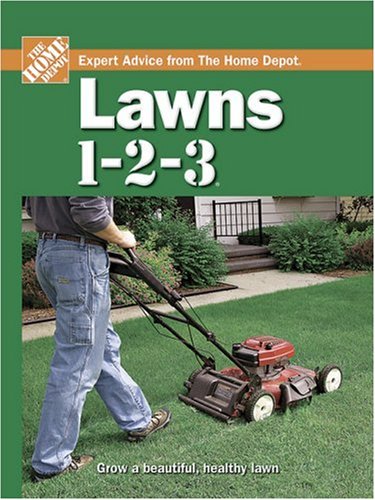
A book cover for Lawns 1-2-3 (Home Depot 1-2-3); The Home Depot; Crafts, Hobbies & Home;